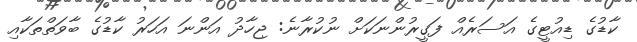
ކާޑުގެ ޑިއުޓީގެ އަސަރެއް ފަގީރުންނަކަށް ނުކުރާނެ: ޖިހާދު އަންނަ އަހަރު ކާޑުގެ ބާވަތްތަކާއި